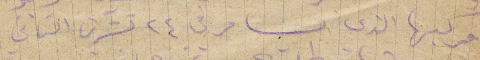
مركبها الذي يسافر في ٢٤ تشرين الثاني